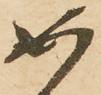
如